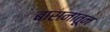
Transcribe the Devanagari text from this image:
बासनातून